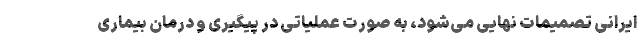
ایرانی تصمیمات نهایی می‌شود، به صورت عملیاتی در پیگیری و درمان بیماری